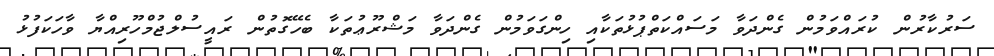
ސަރުކާރުން ކުރައްވަމުން ގެންދަވާ މަސައްކަތްޕުޅުތަކާއި ހިންގަވަމުން ގެންދަވާ މަޝްރޫޢުތަކާ ބެހޭގޮތުން ރައީސުލްޖުމްހޫރިއްޔާ ވާހަކަފުޅު